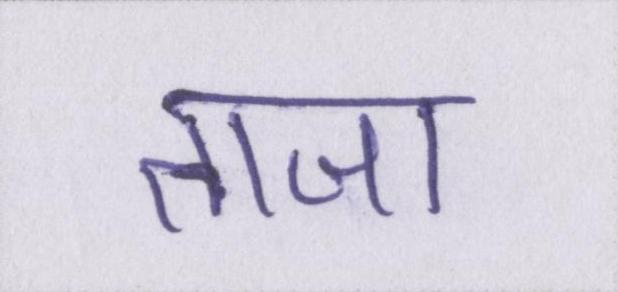
ताजा